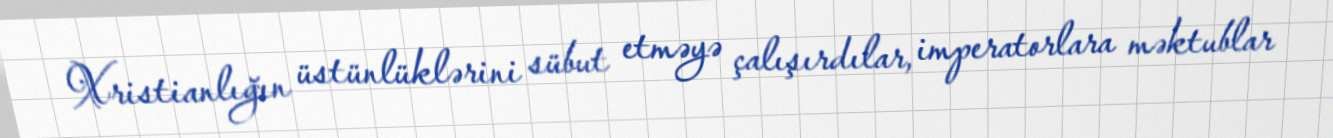
Xristianlığın üstünlüklərini sübut etməyə çalışırdılar, imperatorlara məktublar